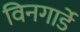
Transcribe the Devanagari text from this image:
विनगार्डे